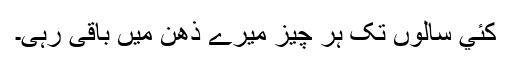
کئي سالوں تک ہر چیز میرے ذھن میں باقی رہی۔